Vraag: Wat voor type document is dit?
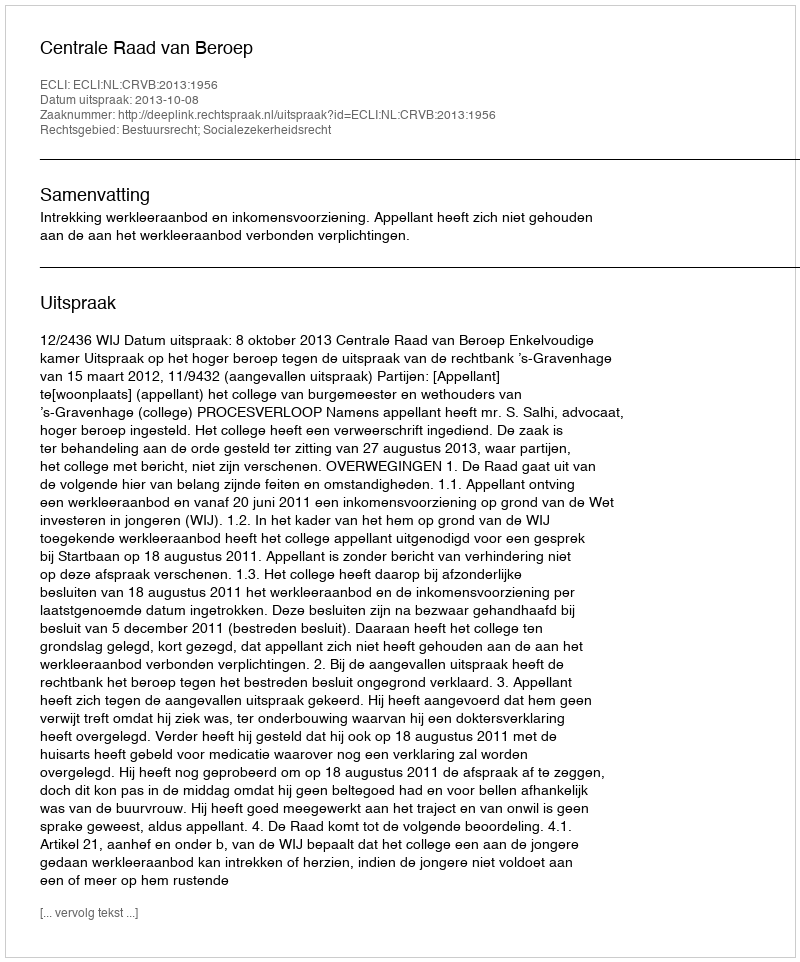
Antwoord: Uitspraak